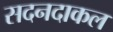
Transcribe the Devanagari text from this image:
सदनदाकल